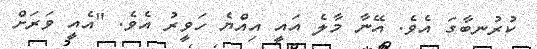
ކުރުނބާގަ އެވެ. އޭނާ މާލެ އައީ އިއްޔެ ހަވީރު އެވެ. "އެއީ ވަރަށް